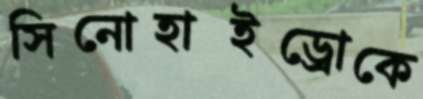
সিনোহাইড্রোকে